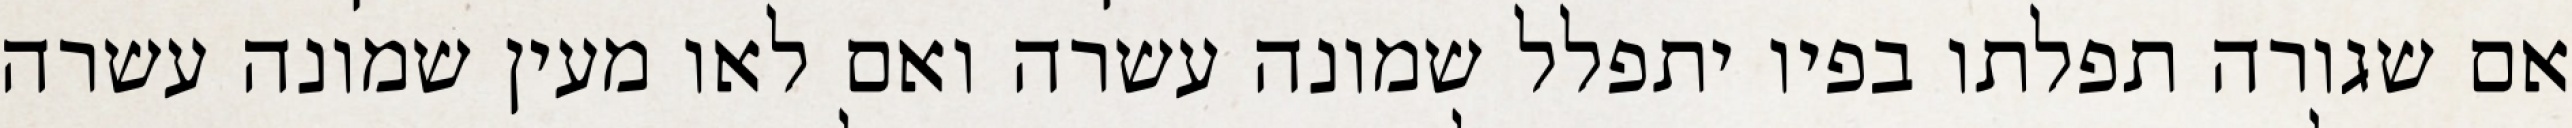
אם שגורה תפלתו בפיו יתפלל שמונה עשרה ואם לאו מעין שמונה עשרה